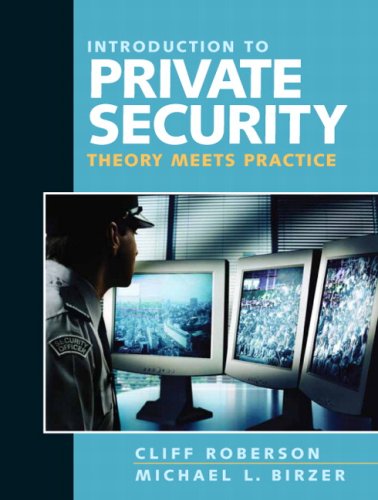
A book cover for Introduction to Private Security: Theory Meets Practice; Cliff Roberson; Law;